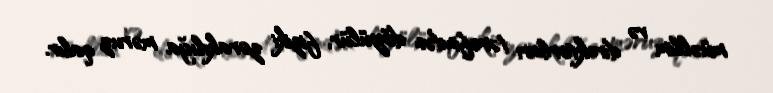
müəllim və direktorları tərəfindən döyülür, fiziki zorakılığa məruz qalır.